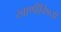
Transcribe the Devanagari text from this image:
खाणींविषयी